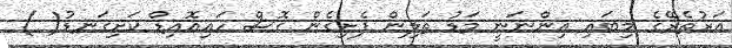
އަރުތެރޭގެ މިބައި އިންނަނީ މަޑު ތަލިން ފެށިގެން ގޮސް ހައިއޮއިޑް ކަށިގަނޑު( )